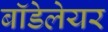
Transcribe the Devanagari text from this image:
बॉडेलेयर